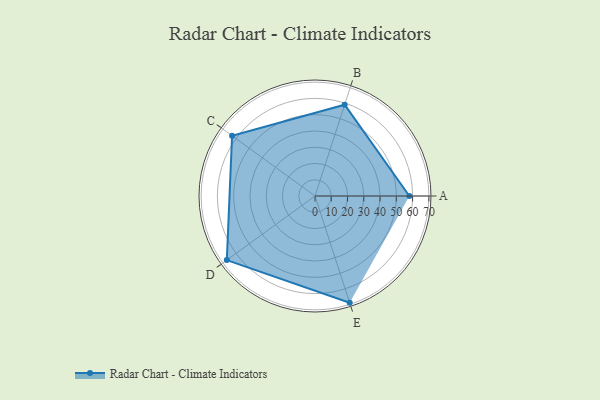
{"axis": {"x": "Skill", "y": "Score"}, "legend": ["Profile"], "data": [{"x": "A", "y": 58.0, "type": "Profile"}, {"x": "B", "y": 59.0, "type": "Profile"}, {"x": "C", "y": 63.0, "type": "Profile"}, {"x": "D", "y": 67.0, "type": "Profile"}, {"x": "E", "y": 69.0, "type": "Profile"}]}